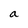
Character: a